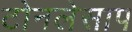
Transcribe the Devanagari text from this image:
टोनलेसाप